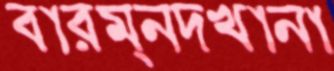
বারম্নদখানা